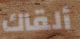
ألقاك